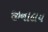
જીનાલય